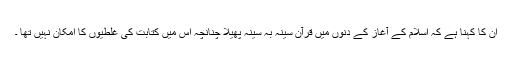
ان کا کہنا ہے کہ اسلام کے آغاز کے دنوں میں قرآن سینہ بہ سینہ پھیلا چنانچہ اس میں کتابت کی غلطیوں کا امکان نہیں تھا ۔